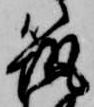
筑